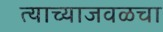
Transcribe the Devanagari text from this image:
त्याच्याजवळचा